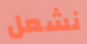
نشعل